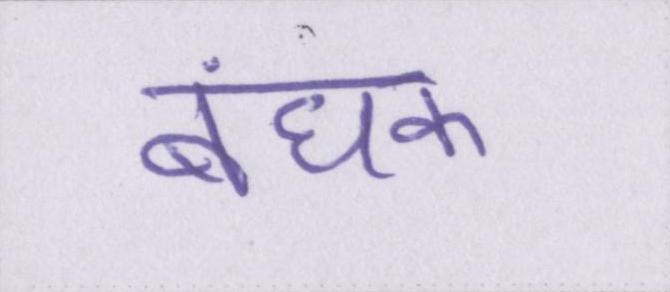
बंधक